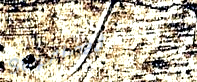
StopAhead